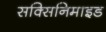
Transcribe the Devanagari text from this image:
सक्सिनिमाइड